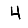
Digit: 4